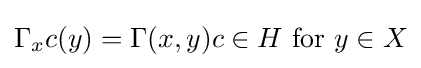
\Gamma _{x}c(y)=\Gamma (x,y)c\in H{\text{ for }}y\in X